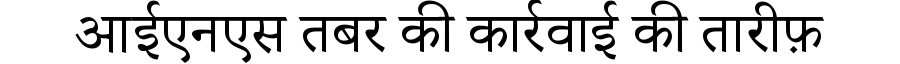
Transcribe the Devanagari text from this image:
आईएनएस तबर की कार्रवाई की तारीफ़